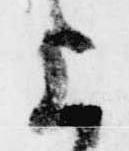
上